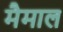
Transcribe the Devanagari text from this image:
मैमाल